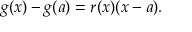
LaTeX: g ( x ) - g ( a ) = r ( x ) ( x - a ) .